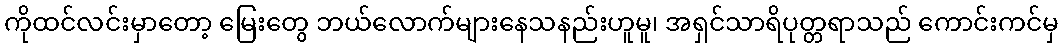
ကိုထင်လင်းမှာတော့ မြေးတွေ ဘယ်လောက်များနေသနည်းဟူမူ၊ အရှင်သာရိပုတ္တရာသည် ကောင်းကင်မှ